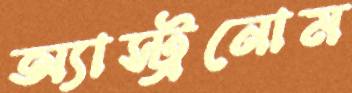
অ্যাস্ট্রনোম